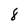
Character: 8